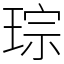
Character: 琮